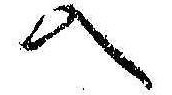
入